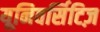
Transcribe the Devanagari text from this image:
यूनिवर्सिटिज़